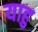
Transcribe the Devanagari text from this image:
याहु